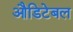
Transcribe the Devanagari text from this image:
औडिटेबल